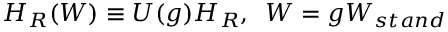
H _ { R } ( W ) \equiv U ( g ) H _ { R } , \, \, \, W = g W _ { s t a n d }